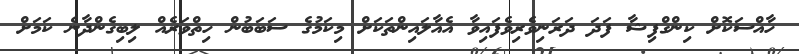
ހާއްސަކޮށް ކިންގްފިޝާ ފަދަ ދަރަނިވެރިވެފައިވާ އެއާލައިންތަކަށް މިކަމުގެ ސަބަބުން ހިތްވަރެއް ލިބިގެންދާނެ ކަމަށް